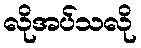
လိုအပ်သလို